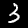
Label: 3